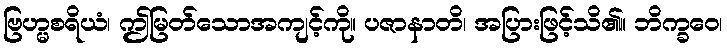
ဗြဟ္မစရိယံ၊ ဤမြတ်သောအကျင့်ကို။ ပဇာနာတိ၊ အပြားဖြင့်သိ၏။ ဘိက္ခဝေ၊